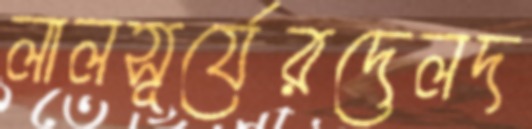
লালসূর্যেরদেলদ